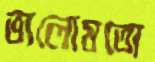
ভালোমতো